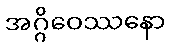
အဂ္ဂိဝေဿနော